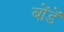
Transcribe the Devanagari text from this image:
बोंडें